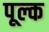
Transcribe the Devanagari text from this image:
पूल्क